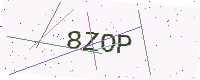
Text: 8ZOP